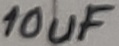
Text: 10uF